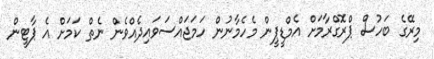
މިރޭގެ ބަހުސް ޕްރޮގްރާމަށް އެމްޑީޕީން މެހެމާނުން ހަމަޖައްސަވައިދެއްވެން ނެތް ކަމަށް އެ ޕާޓީން